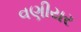
વણીયર